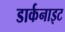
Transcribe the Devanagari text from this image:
डार्कनाइट